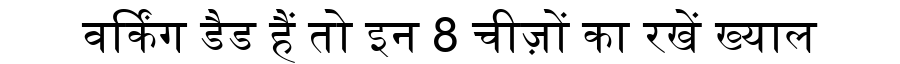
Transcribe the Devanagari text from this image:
वर्किंग डैड हैं तो इन 8 चीज़ों का रखें ख्याल